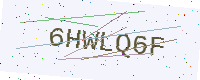
Text: 6HWLQ6F